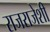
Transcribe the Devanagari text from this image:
राजराजेशी